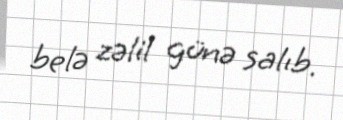
belə zəlil günə salıb.